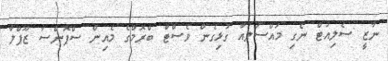
ނާޒީ ސެލިއުޓް ނެގި މައްސަލައާ ގުޅިގެން ވެސްޓް ބްރޮމްގެ މެއިން ސްޕޮންސާ ޒޫޕްލާ